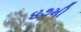
૪૭મી